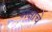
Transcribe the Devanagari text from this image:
अक्षाचे